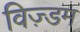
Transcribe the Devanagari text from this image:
विज़्डम